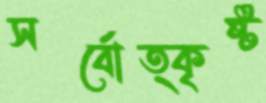
সর্বোত্কৃষ্ট